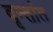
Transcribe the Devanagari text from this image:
वृन्तांत